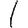
Digit: 1